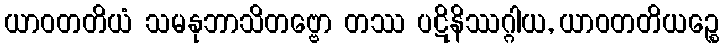
ယာဝတတိယံ သမနုဘာသိတဗ္ဗော တဿ ပဋိနိဿဂ္ဂါယ, ယာဝတတိယဉ္စေ